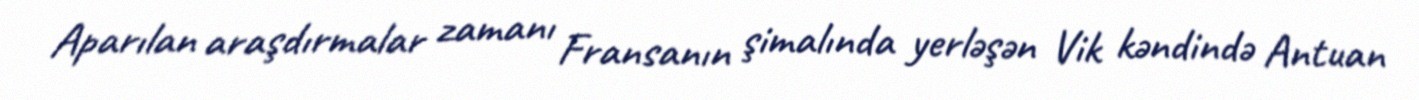
Aparılan araşdırmalar zamanı Fransanın şimalında yerləşən Vik kəndində Antuan